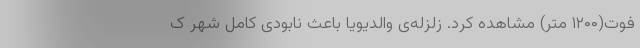
فوت(۱۲۰۰ متر) مشاهده کرد. زلزله‌ی والدیویا باعث نابودی کامل شهر ک